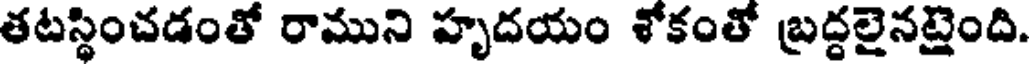
తటస్థించడంతో రాముని హృదయం శోకంతో బ్రద్దలైనటైంది.